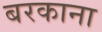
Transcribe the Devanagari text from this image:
बरकाना